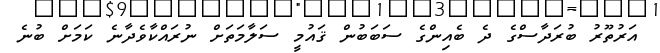
އަރުތޫރު ބުރަދާސްގެ ދެ ބެއިންގެ ސަބަބުން ޤައުމީ ސަލާމަތަށް ނުރައްކާވެދާނެ ކަމަށް ބުނެ